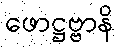
ဖောဋ္ဌဗ္ဗာနိ